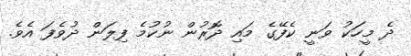
ދެ މީހަކު ވަނީ ކެފޭގެ މައި ދޮރުން ނުކުމެ ފިލަން ދުވެފަ އެވެ.